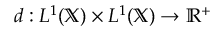
d : L ^ { 1 } ( \mathbb { X } ) \times L ^ { 1 } ( \mathbb { X } ) \rightarrow \mathbb { R } ^ { + }